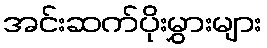
အင်းဆက်ပိုးမွှားများ